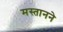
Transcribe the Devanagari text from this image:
मस्तानने